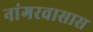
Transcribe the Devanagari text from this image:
नांगरवासास